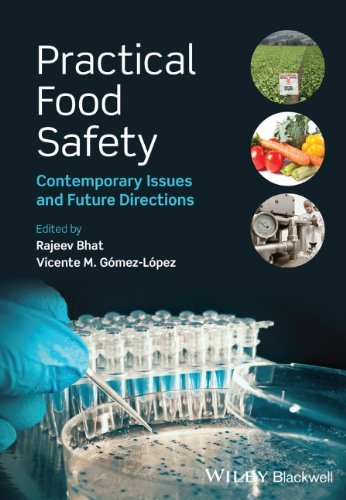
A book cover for Practical Food Safety: Contemporary Issues and Future Directions; Health, Fitness & Dieting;